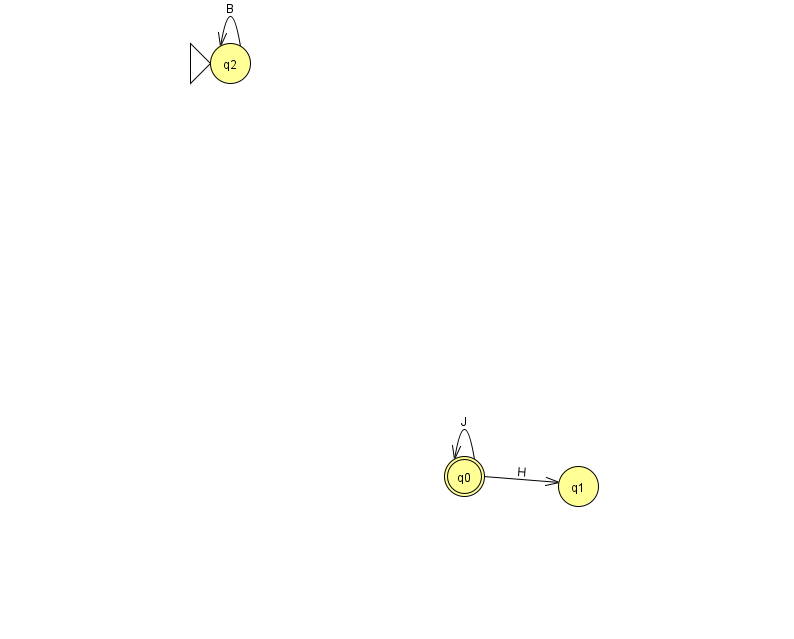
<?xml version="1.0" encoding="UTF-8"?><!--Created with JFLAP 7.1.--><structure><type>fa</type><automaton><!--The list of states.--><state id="0" name="q0"><x>464.0</x><y>463.0</y><final/></state><state id="1" name="q1"><x>578.0</x><y>473.0</y></state><state id="2" name="q2"><x>230.0</x><y>50.0</y><initial/></state><!--The list of transitions.--><transition><from>2</from><to>2</to><read>B</read></transition><transition><from>0</from><to>1</to><read>H</read></transition><transition><from>0</from><to>0</to><read>J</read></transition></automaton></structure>